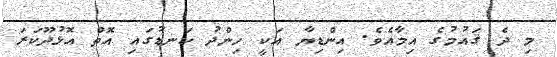
މި ދެ ޤައުމުގެ އިމާއެވެ. އިންޑިޔާ އަކީ ހިންދު ކަނޑުގައި އޮތް އޮޅުދޫކަރަ